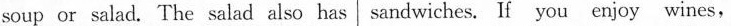
soup or salad. The salad also has sandwiches. If you enjoy wines,